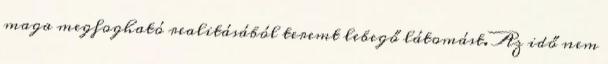
maga megfogható realitásából teremt lebegő látomást. Az idő nem